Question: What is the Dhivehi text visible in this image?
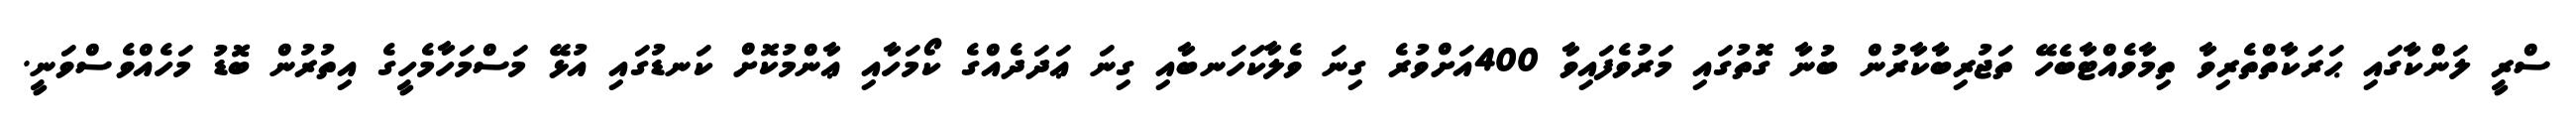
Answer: ސްރީ ލަންކާގައި ޙަރަކާތްތެރިވާ ތިމާވެއްޓާބެހޭ ތަޖުރިބާކާރުން ބުނާ ގޮތުގައި މަރުވެފައިވާ 400އަށްވުރެ ގިނަ ވެލާކަހަނބާއި ގިނަ ޢަދަދެއްގެ ކޯމަހާއި ޢާންމުކޮށް ކަނޑުގައި އުޅޭ މަސްމަހާމެހީގެ އިތުރުން ބޮޑު މަހެއްވެސްވަނީ.